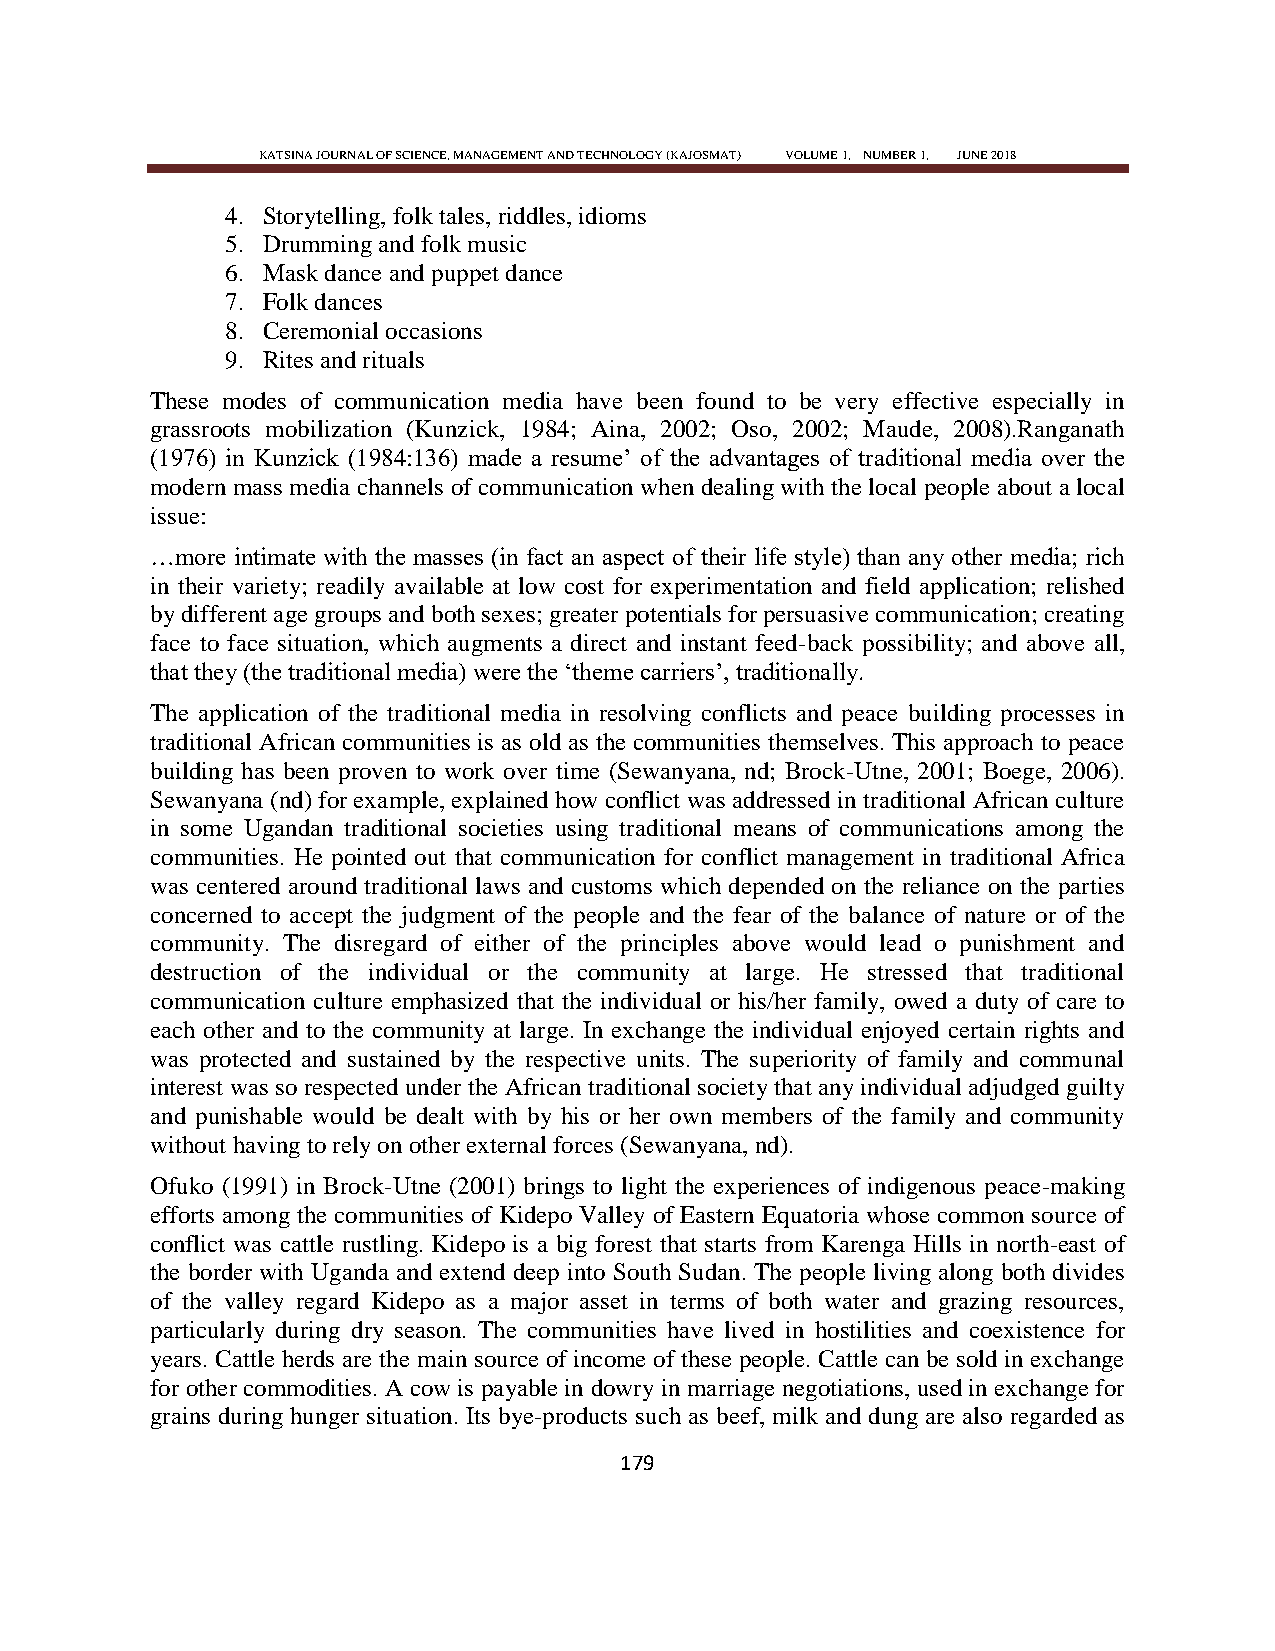
KATSINA JOURNAL OF SCIENCE, MANAGEMENT AND TECHNOLOGY (KAJOSMAT) VOLUME 1, NUMBER 1, JUNE 2018
 4. Storytelling, folk tales, riddles, idioms
 5. Drumming and folk music
 6. Mask dance and puppet dance
 7. Folk dances
 8. Ceremonial occasions
 9. Rites and rituals
 These modes of communication media have been found to be very effective especially in
 grassroots mobilization (Kunzick, 1984; Aina, 2002; Oso, 2002; Maude, 2008).Ranganath
 (1976) in Kunzick (1984:136) made a resume‘ of the advantages of traditional media over the
 modern mass media channels of communication when dealing with the local people about a local
 issue:
 …more intimate with the masses (in fact an aspect of their life style) than any other media; rich
 in their variety; readily available at low cost for experimentation and field application; relished
 by different age groups and both sexes; greater potentials for persuasive communication; creating
 face to face situation, which augments a direct and instant feed-back possibility; and above all,
 that they (the traditional media) were the ‗theme carriers‘, traditionally.
 The application of the traditional media in resolving conflicts and peace building processes in
 traditional African communities is as old as the communities themselves. This approach to peace
 building has been proven to work over time (Sewanyana, nd; Brock-Utne, 2001; Boege, 2006).
 Sewanyana (nd) for example, explained how conflict was addressed in traditional African culture
 in some Ugandan traditional societies using traditional means of communications among the
 communities. He pointed out that communication for conflict management in traditional Africa
 was centered around traditional laws and customs which depended on the reliance on the parties
 concerned to accept the judgment of the people and the fear of the balance of nature or of the
 community. The disregard of either of the principles above would lead o punishment and
 destruction of the individual or the community at large. He stressed that traditional
 communication culture emphasized that the individual or his/her family, owed a duty of care to
 each other and to the community at large. In exchange the individual enjoyed certain rights and
 was protected and sustained by the respective units. The superiority of family and communal
 interest was so respected under the African traditional society that any individual adjudged guilty
 and punishable would be dealt with by his or her own members of the family and community
 without having to rely on other external forces (Sewanyana, nd).
 Ofuko (1991) in Brock-Utne (2001) brings to light the experiences of indigenous peace-making
 efforts among the communities of Kidepo Valley of Eastern Equatoria whose common source of
 conflict was cattle rustling. Kidepo is a big forest that starts from Karenga Hills in north-east of
 the border with Uganda and extend deep into South Sudan. The people living along both divides
 of the valley regard Kidepo as a major asset in terms of both water and grazing resources,
 particularly during dry season. The communities have lived in hostilities and coexistence for
 years. Cattle herds are the main source of income of these people. Cattle can be sold in exchange
 for other commodities. A cow is payable in dowry in marriage negotiations, used in exchange for
 grains during hunger situation. Its bye-products such as beef, milk and dung are also regarded as
 179